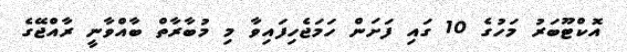
އޮކްޓޫބަރު މަހުގެ 10 ގައި ފަށަން ހަމަޖެހިފައިވާ މި މުބާރާތް ބާއްވާނީ ރާއްޖޭގެ